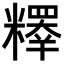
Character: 𥽉